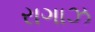
રાગાઝ